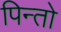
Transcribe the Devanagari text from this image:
पिन्तो